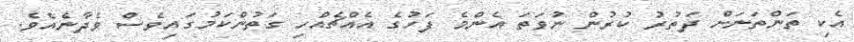
އެކި ތަންތަނަށް ދަތުރު ކުރުން ނުވަތަ އެންމެ ފަހުގެ އެއްޗެއްހި ގަތުންކަމުގައިވެސް ވެދާނެއެވެ.